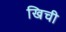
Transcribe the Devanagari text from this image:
खिची